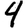
Digit: 4